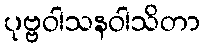
ပုဗ္ဗဝါသနဝါသိတာ